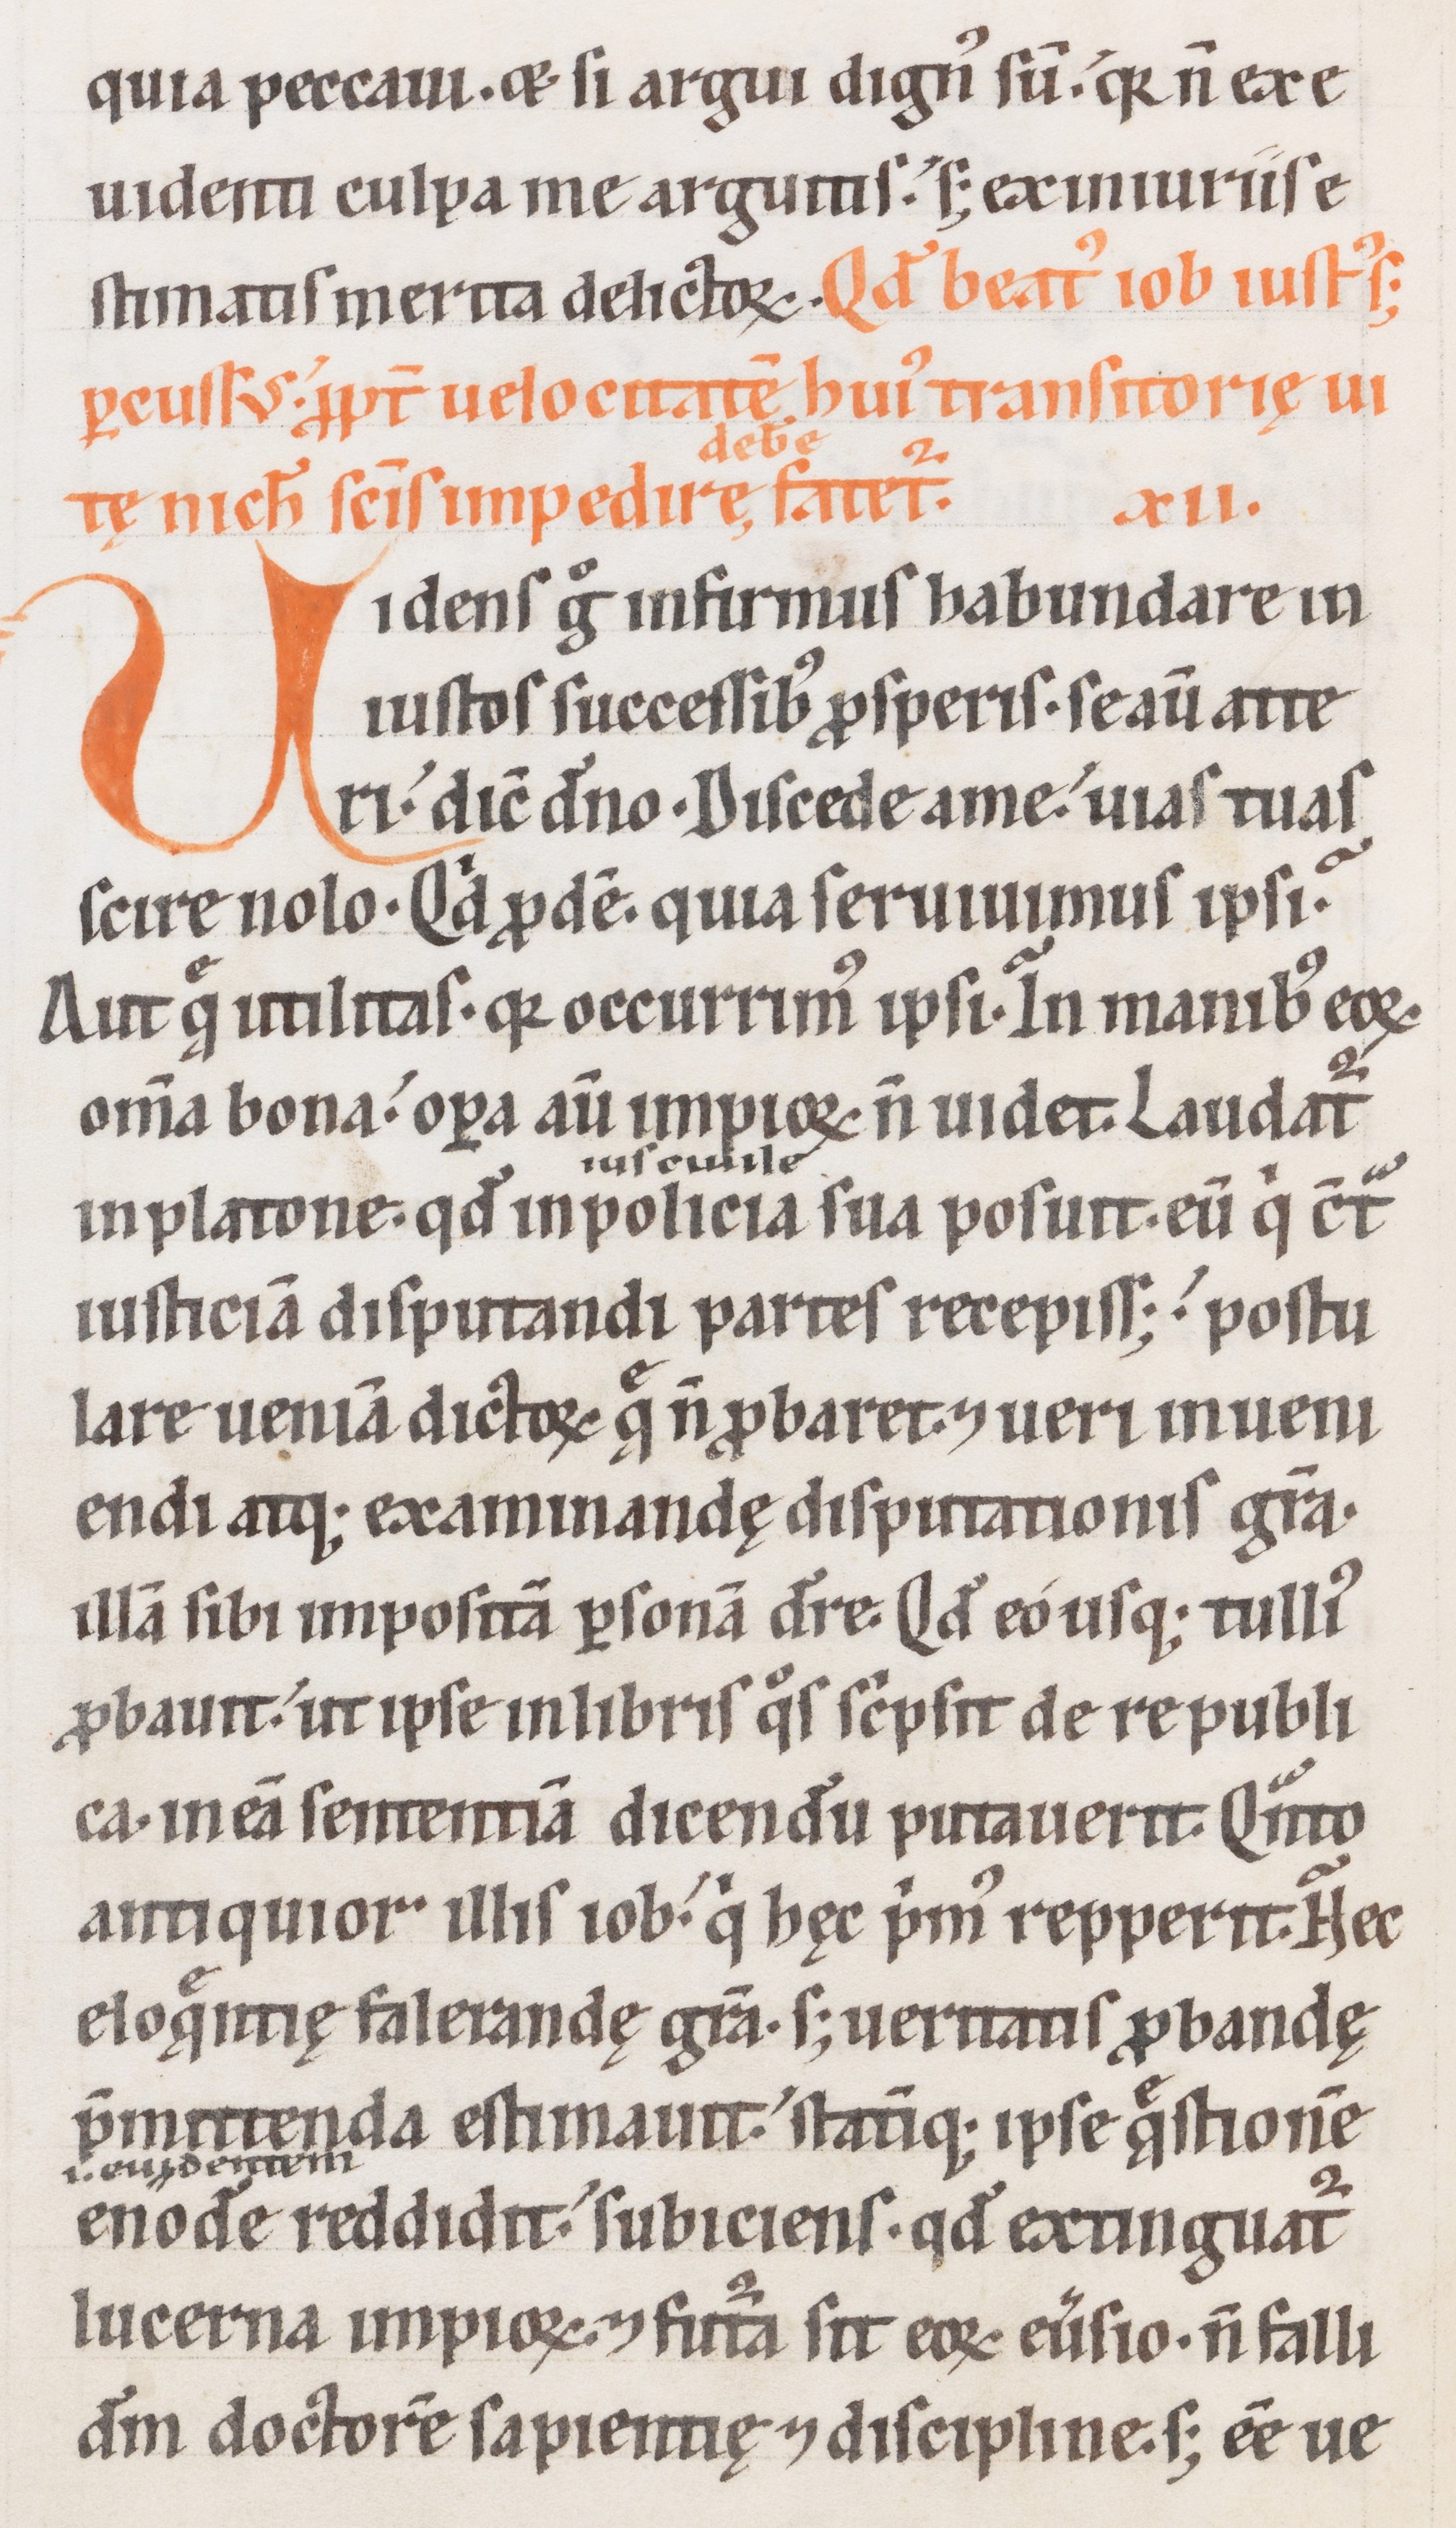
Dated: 1100–1199